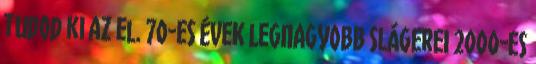
tudod ki az el. 70-ES ÉVEK LEGNAGYOBB SLÁGEREI 2000-ES